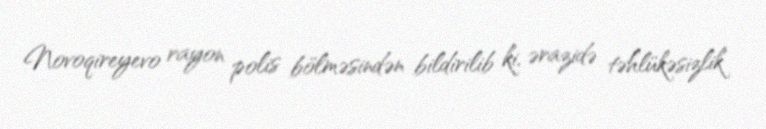
Novoqireyevo rayon polis bölməsindən bildirilib ki, ərazidə təhlükəsizlik